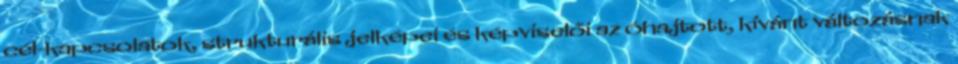
cél-kapcsolatok, strukturális jelképei és képviselői az óhajtott, kívánt változásnak